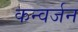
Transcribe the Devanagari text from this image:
कन्वर्जन